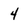
Character: 4